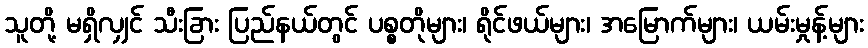
သူတို့ မရှိလျှင် သီးခြား ပြည်နယ်တွင် ပစ္စတိုများ၊ ရိုင်ဖယ်များ၊ အမြောက်များ၊ ယမ်းမှုန့်များ